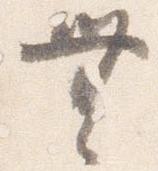
無